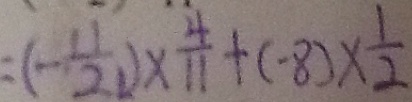
= ( - \frac { 1 1 } { 2 1 } ) \times \frac { 4 } { 1 1 } + ( - 8 ) \times \frac { 1 } { 2 }